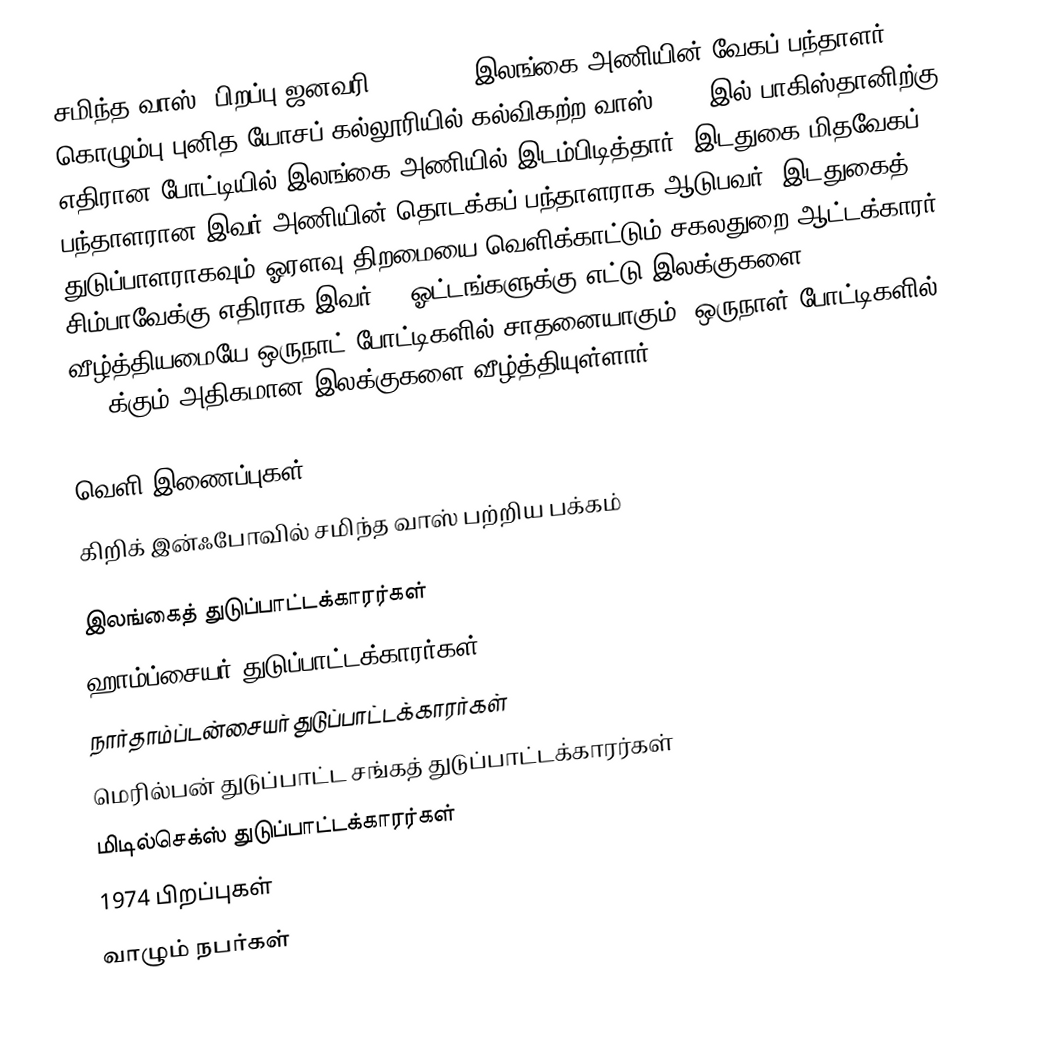
சமிந்த வாஸ் (பிறப்பு ஜனவரி 27, 1974) இலங்கை அணியின் வேகப் பந்தாளர். கொழும்பு புனித யோசப் கல்லூரியில் கல்விகற்ற வாஸ் 1994 இல் பாகிஸ்தானிற்கு எதிரான போட்டியில் இலங்கை அணியில் இடம்பிடித்தார். இடதுகை மிதவேகப் பந்தாளரான இவர் அணியின் தொடக்கப் பந்தாளராக ஆடுபவர். இடதுகைத் துடுப்பாளராகவும் ஓரளவு திறமையை வெளிக்காட்டும் சகலதுறை ஆட்டக்காரர். சிம்பாவேக்கு எதிராக இவர் 19 ஓட்டங்களுக்கு எட்டு இலக்குகளை வீழ்த்தியமையே ஒருநாட் போட்டிகளில் சாதனையாகும். ஒருநாள் போட்டிகளில் 300 க்கும் அதிகமான இலக்குகளை வீழ்த்தியுள்ளார்.

வெளி இணைப்புகள்
 கிறிக் இன்ஃபோவில் சமிந்த வாஸ் பற்றிய பக்கம்

இலங்கைத் துடுப்பாட்டக்காரர்கள்
ஹாம்ப்சையர் துடுப்பாட்டக்காரர்கள்
நார்தாம்ப்டன்சையர் துடுப்பாட்டக்காரர்கள்
மெரில்பன் துடுப்பாட்ட சங்கத் துடுப்பாட்டக்காரர்கள்
மிடில்செக்ஸ் துடுப்பாட்டக்காரர்கள்
1974 பிறப்புகள்
வாழும் நபர்கள்